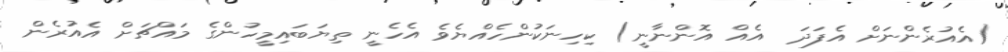
(އެއުރެންނަށް އެފަދަ  އެއް އޮންނާނީ) ކިހިނަކުންހެއްޔެވެ އެހެނީ ތިޔަބައިމީހުންގެ މައްޗަށް އެއުރެން